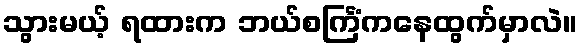
သွားမယ့် ရထားက ဘယ်စင်္ကြံကနေထွက်မှာလဲ။